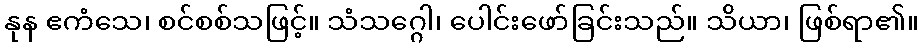
နုန ဧကံသေ၊ စင်စစ်သဖြင့်။ သံသဂ္ဂေါ၊ ပေါင်းဖော်ခြင်းသည်။ သိယာ၊ ဖြစ်ရာ၏။